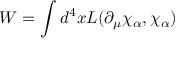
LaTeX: W = \int d ^ { 4 } x { \cal { L } } ( \partial _ { \mu } \chi _ { \alpha } , \chi _ { \alpha } )